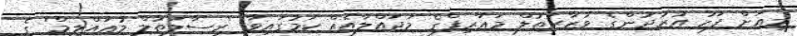
މިއަށް ފަހު އުރުދުންގެ ވުޒާރަތުލް މަޢާރިފްގެ މަޖައްލާއެއް ކަމުގައިވާ 'ރިސާލަތުލް މުޢައްލިމް' ގެ